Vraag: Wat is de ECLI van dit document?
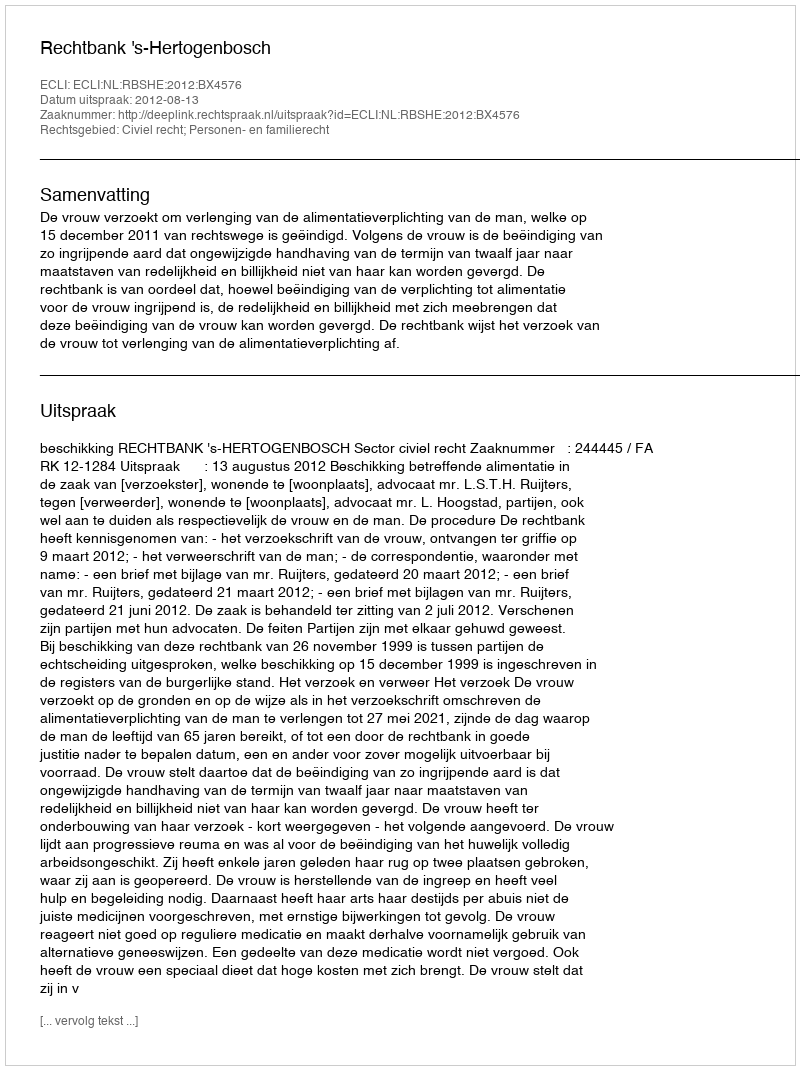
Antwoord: ECLI:NL:RBSHE:2012:BX4576